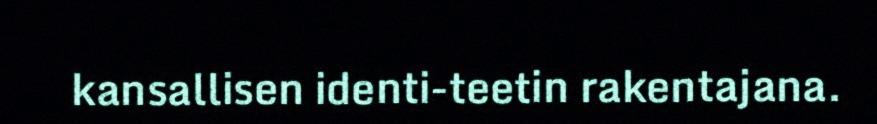
kansallisen identi-teetin rakentajana.